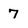
Character: 7